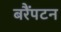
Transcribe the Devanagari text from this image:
बरैंपटन